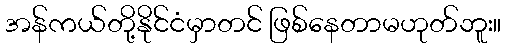
အန်ကယ်တို့နိုင်ငံမှာတင် ဖြစ်နေတာမဟုတ်ဘူး။